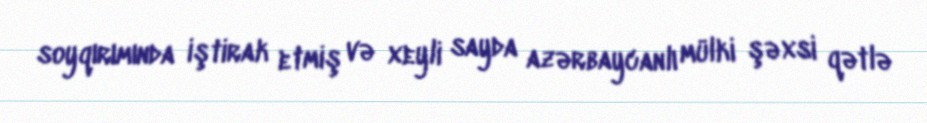
soyqırımında iştirak etmiş və xeyli sayda azərbaycanlı mülki şəxsi qətlə